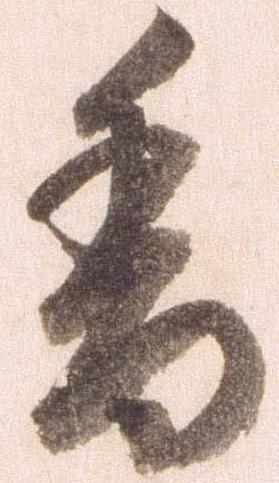
香